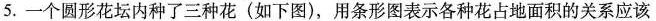
5.一个圆形花坛内种了三种花(如下图)，用条形图表示各种花占地面积的关系应该